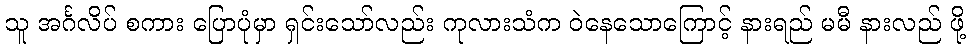
သူ အင်္ဂလိပ် စကား ပြောပုံမှာ ရှင်းသော်လည်း ကုလားသံက ဝဲနေသောကြောင့် နားရည် မမီ နားလည် ဖို့